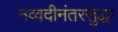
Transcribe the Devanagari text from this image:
नव्वदीनंतरसुद्धा